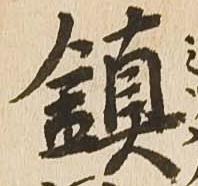
鎮